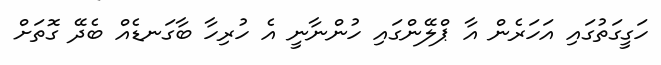
ހަގީގަތުގައި އަހަރެން އާ ޕްލޭންގައި ހުންނާނީ އެ ހުރިހާ ބާގަނޑެއް ބެދޭ ގޮތަށް